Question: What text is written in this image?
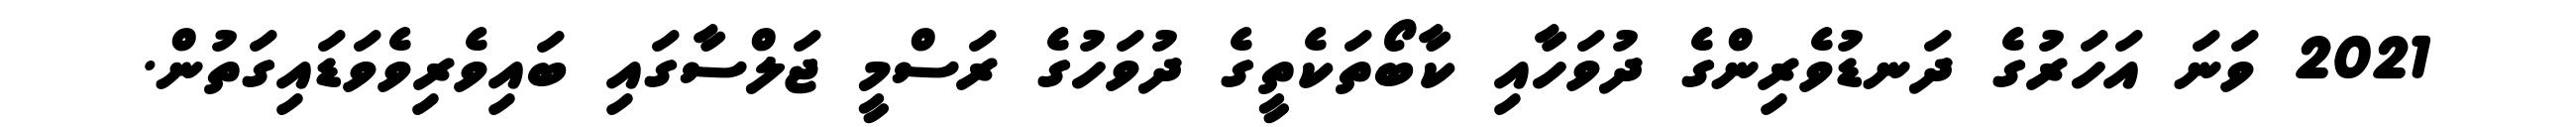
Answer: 2021 ވަނަ އަހަރުގެ ދަނޑުވެރިންގެ ދުވަހާއި ކާބޯތަކެތީގެ ދުވަހުގެ ރަސްމީ ޖަލްސާގައި ބައިވެރިވެވަޑައިގަތުން.